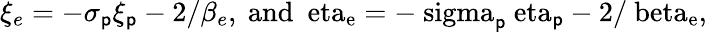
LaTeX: \xi_{e}=-\sigma_{\mathsf{p}}\xi_{\mathsf{p}}-2/\beta_{e},~\mathrm{{{and}~\ eta_{e}=-\ sigma_{\mathsf{p}}\ eta_{\mathsf{p}}-2/\ beta_{e},}}